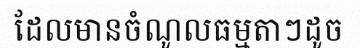
ដែលមានចំណូលធម្មតាៗដូច